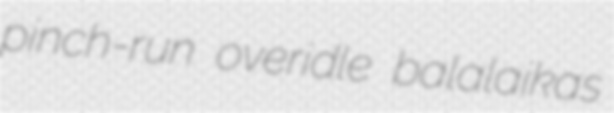
pinch-run overidle balalaikas